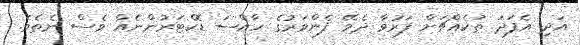
އަދި އެފަދަ ތަކެއްޗަށް ފަރުވާ ދެވޭ ފެންވަރުގެ ހާއްސަ ޑޮކްޓަރުންނެއް ވެސް ނެތެވެ.